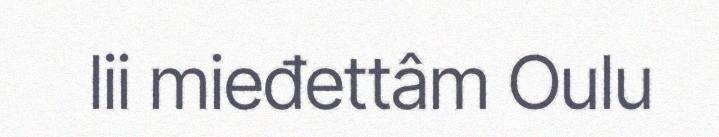
lii mieđettâm Oulu